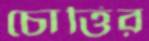
চোত্তির